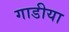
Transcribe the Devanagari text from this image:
गाडीया